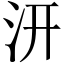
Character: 汧